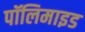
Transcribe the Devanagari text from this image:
पॉलिमाइड